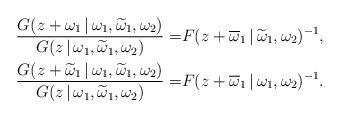
LaTeX: \begin{align*}\frac{G(z+\omega_1\,|\,\omega_1,\widetilde\omega_1,\omega_2)}{G(z\,|\,\omega_1,\widetilde\omega_1,\omega_2)}=&F(z+\overline\omega_1\,|\,\widetilde\omega_1,\omega_2)^{-1} , \\\frac{G(z+\widetilde\omega_1\,|\,\omega_1,\widetilde\omega_1,\omega_2)}{G(z\,|\,\omega_1,\widetilde\omega_1,\omega_2)}=&F(z+\overline\omega_1\,|\,\omega_1,\omega_2)^{-1}.\end{align*}